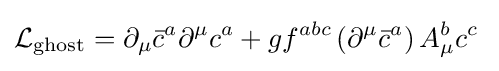
{\mathcal {L}}_{\text{ghost}}=\partial _{\mu }{\bar {c}}^{a}\partial ^{\mu }c^{a}+gf^{abc}\left(\partial ^{\mu }{\bar {c}}^{a}\right)A_{\mu }^{b}c^{c}\;